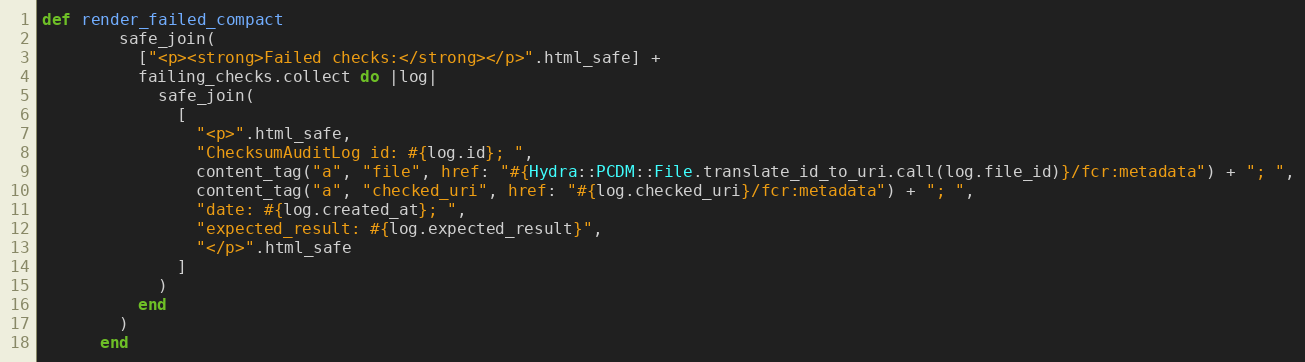
Language: Ruby
def render_failed_compact
        safe_join(
          ["<p><strong>Failed checks:</strong></p>".html_safe] +
          failing_checks.collect do |log|
            safe_join(
              [
                "<p>".html_safe,
                "ChecksumAuditLog id: #{log.id}; ",
                content_tag("a", "file", href: "#{Hydra::PCDM::File.translate_id_to_uri.call(log.file_id)}/fcr:metadata") + "; ",
                content_tag("a", "checked_uri", href: "#{log.checked_uri}/fcr:metadata") + "; ",
                "date: #{log.created_at}; ",
                "expected_result: #{log.expected_result}",
                "</p>".html_safe
              ]
            )
          end
        )
      end